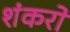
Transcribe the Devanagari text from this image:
शंकरो